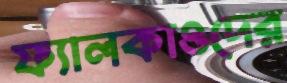
ফ্যালকাওদের